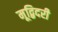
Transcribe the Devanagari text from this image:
मूद्बिदरी